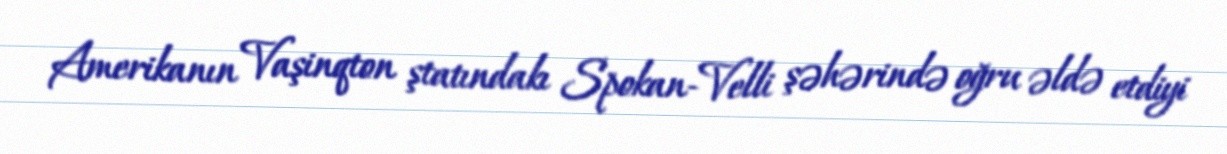
Amerikanın Vaşinqton ştatındakı Spokan-Velli şəhərində oğru əldə etdiyi